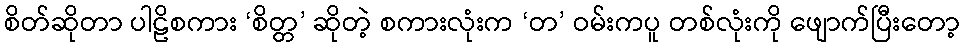
စိတ်ဆိုတာ ပါဠိစကား ‘စိတ္တ’ ဆိုတဲ့ စကားလုံးက ‘တ’ ဝမ်းကပူ တစ်လုံးကို ဖျောက်ပြီးတော့